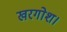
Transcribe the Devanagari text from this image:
खरगोश।